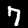
Digit: 7